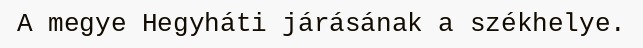
A megye Hegyháti járásának a székhelye.